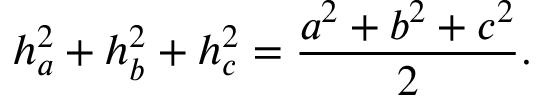
h _ { a } ^ { 2 } + h _ { b } ^ { 2 } + h _ { c } ^ { 2 } = { \frac { a ^ { 2 } + b ^ { 2 } + c ^ { 2 } } { 2 } } .